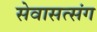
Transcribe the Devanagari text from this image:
सेवासत्संग